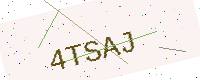
Text: 4TSAJ